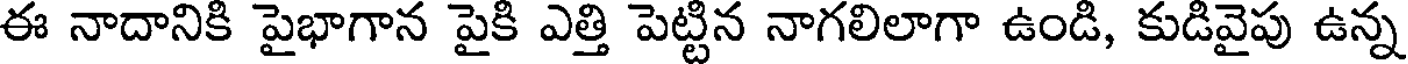
ఈ నాదానికి పైభాగాన పైకి ఎత్తి పెట్టిన నాగలిలాగా ఉండి, కుడివైపు ఉన్న